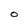
Character: O